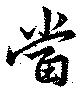
当